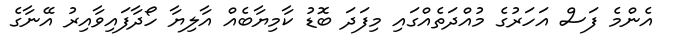
އެންމެ ފަސް އަހަރުގެ މުއްދަތެއްގައި މިފަދަ ބޮޑު ކާމިޔާބެއް އާލިޔާ ހޯދާފައިވާއިރު އޭނާގެ